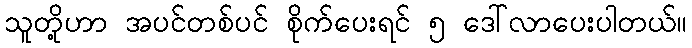
သူတို့ဟာ အပင်တစ်ပင် စိုက်ပေးရင် ၅ ဒေါ်လာပေးပါတယ်။